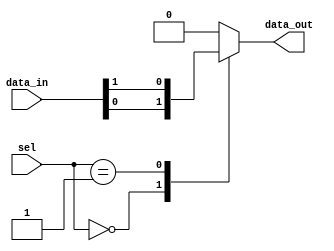
module mux1024to1 (
    input [1023:0] data_in,
    input [9:0] sel,
    output reg data_out
);

always @ (*) begin
    case (sel)
        10'b0000000000: data_out = data_in[0];
        10'b0000000001: data_out = data_in[1];
        // Repeat for all 1024 input lines
        // e.g. 10'b1111111111: data_out = data_in[1023];
        default: data_out = 0;
    endcase
end

endmodule